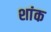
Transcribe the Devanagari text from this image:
शांक